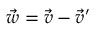
\vec { w } = \vec { v } - \vec { v } ^ { \prime }